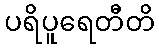
ပရိပူရေတီတိ